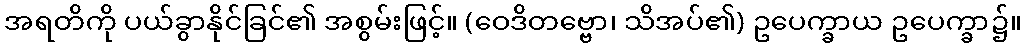
အရတိကို ပယ်ခွာနိုင်ခြင်၏ အစွမ်းဖြင့်။ (ဝေဒိတဗ္ဗော၊ သိအပ်၏) ဥပေက္ခာယ ဥပေက္ခာ၌။